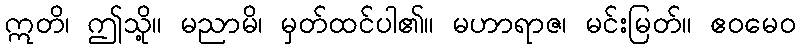
ဣတိ၊ ဤသို့။ မညာမိ၊ မှတ်ထင်ပါ၏။ မဟာရာဇ၊ မင်းမြတ်။ ဧဝမေဝ